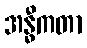
အန္ဓီကတာ